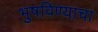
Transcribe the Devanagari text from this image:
भुषविण्याचा